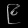
Digit: ၉